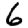
Digit: 6